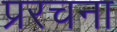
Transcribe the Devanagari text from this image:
प्ररचना